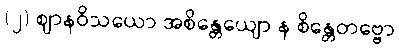
(၂) ဈာနဝိသယော အစိန္တေယျော န စိန္တေတဗ္ဗော